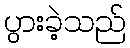
ပွားခဲ့သည်